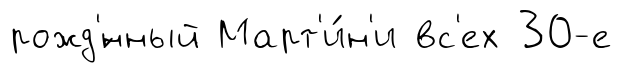
рожд'́нный Март'и́н'и вс'ех 30-е